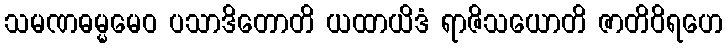
သမဏဓမ္မမေဝ ပသာဒိတောတိ ယထာယိဒံ ရာဇိသယောတိ ဇာတိဝိရဟေ